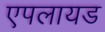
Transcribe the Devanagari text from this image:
एपलायड